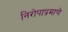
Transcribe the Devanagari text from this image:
निरोपाप्रमाणे